Indian journal of veterinary science and animal husbandry - Volume 11,
Year: 1941
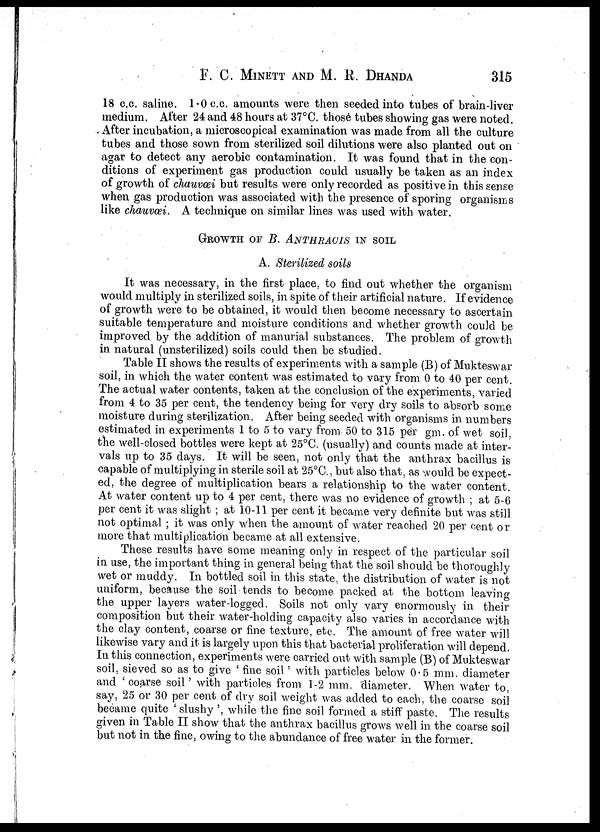
F. C. MINETT AND M. R.
DHANDA
315
18 c.c. saline. 1.0 c.c. amounts were then seeded into tubes of brain-liver
medium. After 24 and 48 hours at 37°C. those tubes showing gas were noted.
After incubation, a microscopical examination was made from all the culture
tubes and those sown from sterilized soil dilutions were also planted out on
agar to detect any aerobic contamination. It was found that in the con-
ditions of experiment gas production could usually be taken as an index
of growth of chauvœi but results were only recorded as positive in this sense
when gas production was associated with the presence of sporing organisms
like chauvœi. A technique on similar lines was used with water.
GROWTH OF B. ANTHRACIS IN SOIL
A. Sterilized soils
It was necessary, in the first place, to find out whether the organism
would multiply in sterilized soils, in spite of their artificial nature. If evidence
of growth were to be obtained, it would then become necessary to ascertain
suitable temperature and moisture conditions and whether growth could be
improved by the addition of manurial substances. The problem of growth
in natural (unsterilized) soils could then be studied.
Table II shows the results of experiments with a sample (B) of Mukteswar
soil, in which the water content was estimated to vary from 0 to 40 per cent.
The actual water contents, taken at the conclusion of the experiments, varied
from 4 to 35 per cent, the tendency being for very dry soils to absorb some
moisture during sterilization. After being seeded with organisms in numbers
estimated in experiments 1 to 5 to vary from 50 to 315 per gm. of wet soil,
the well-closed bottles were kept at 25°C. (usually) and counts made at inter-
vals up to 35 days. It will be seen, not only that the anthrax bacillus is
capable of multiplying in sterile soil at 25°C., but also that, as would be expect-
ed, the degree of multiplication bears a relationship to the water content.
At water content up to 4 per cent, there was no evidence of growth ; at 5-6
per cent it was slight ; at 10-11 per cent it became very definite but was still
not optimal ; it was only when the amount of water reached 20 per cent or
more that multiplication became at all extensive.
These results have some meaning only in respect of the particular soil
in use, the important thing in general being that the soil should be thoroughly
wet or muddy. In bottled soil in this state, the distribution of water is not
uniform, because the soil tends to become packed at the bottom leaving
the upper layers water-logged. Soils not only vary enormously in their
composition but their water-holding capacity also varies in accordance with
the clay content, coarse or fine texture, etc. The amount of free water will
likewise vary and it is largely upon this that bacterial proliferation will depend.
In this connection, experiments were carried out with sample (B) of Mukteswar
soil, sieved so as to give ' fine soil ' with particles below 0.5 mm. diameter
and ' coarse soil ' with particles from 1-2 mm. diameter. When water to,
say, 25 or 30 per cent of dry soil weight was added to each, the coarse soil
became quite ' slushy ', while the fine soil formed a stiff paste. The results
given in Table II show that the anthrax bacillus grows well in the coarse soil
but not in the fine, owing to the abundance of free water in the former.